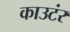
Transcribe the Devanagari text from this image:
काउटंर